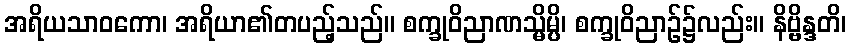
အရိယသာဝကော၊ အရိယာ၏တပည့်သည်။ စက္ခုဝိညာဏသ္မိမ္ပိ၊ စက္ခုဝိညာဉ်၌လည်း။ နိဗ္ဗိန္ဒတိ၊